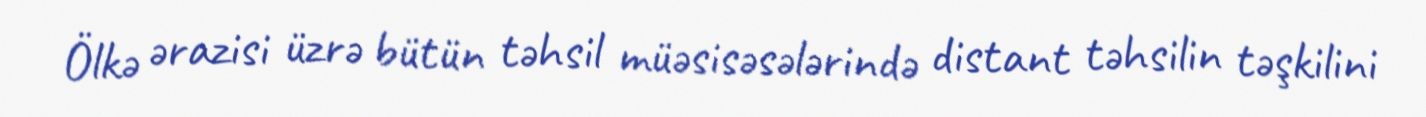
Ölkə ərazisi üzrə bütün təhsil müəsisəsələrində distant təhsilin təşkilini